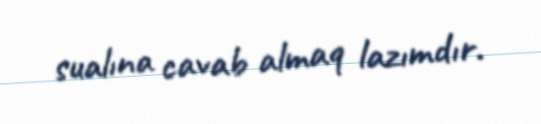
sualına cavab almaq lazımdır.